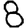
Digit: 8